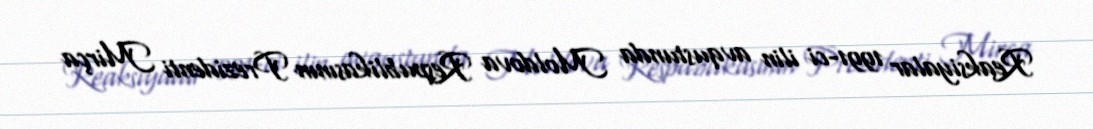
Reaksiyalar 1991-ci ilin avqustunda Moldova Respublikasının Prezidenti Mirça